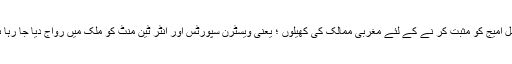
گلوبل امیج کو مثبت کر نے کے لئے مغربی ممالک کی کھیلوں ؛ یعنی ویسٹرن سپورٹس اور انٹر ٹین منٹ کو ملک میں رواج دیا جا رہا ہے۔